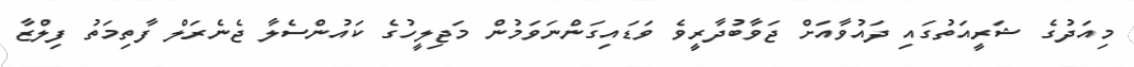
މިއަދުގެ ޝަރީއަތުގައި ދައުވާއަށް ޖަވާބުދާރީވެ ވަޑައިގަންނަވަމުން މަޖިލީހުގެ ކައުންސެލާ ޖެނެރަލް ފާތިމަތު ފިލްޒާ